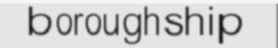
boroughship